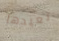
نعيدها